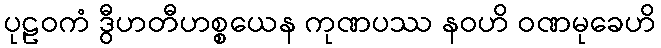
ပုဠဝကံ ဒွီဟတီဟစ္စယေန ကုဏပဿ နဝဟိ ဝဏမုခေဟိ